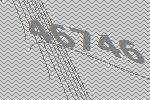
46746